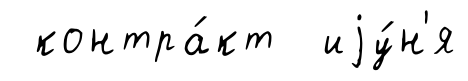
контра́кт иjу́н'я